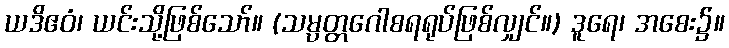
ယဒိဧဝံ၊ ယင်းသို့ဖြစ်သော်။ (သမ္ပတ္တဂေါစရရုပ်ဖြစ်လျှင်။) ဒူရေ၊ အစေး၌။